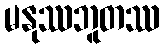
မနုဿဘူတဿ